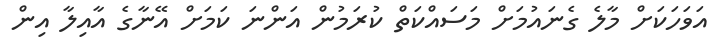
އަވަހަކަށް މާލެ ގެނައުމަށް މަސައްކަތް ކުރަމުން އަންނަ ކަމަށް އޭނާގެ އާއިލާ އިން